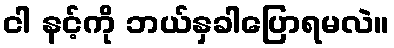
ငါ နင့်ကို ဘယ်နှခါပြောရမလဲ။